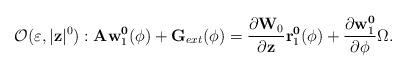
LaTeX: \begin{align*}\mathcal{O}(\varepsilon,|\mathbf{z}|^0):\mathbf{A}\mathbf{w}_1^{\mathbf{0}}(\phi)+\mathbf{G}_{ext} (\phi)=\frac{\partial \mathbf{W}_0}{\partial \mathbf{z}}\mathbf{r}_1^{\mathbf{0}}(\phi)+\frac{\partial \mathbf{w}_1^{\mathbf{0}}}{\partial \mathbf{\phi}}\Omega.\end{align*}